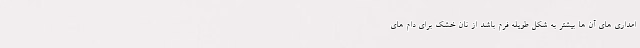
امداری های آن ها بیشتر به شکل طویله فرم باشد از نان خشک برای دام های